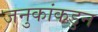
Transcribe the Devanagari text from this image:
जनुकांकडुन